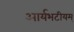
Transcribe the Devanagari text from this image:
आर्यभटीयम्‌